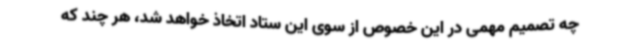
چه تصمیم مهمی در این خصوص از سوی این ستاد اتخاذ خواهد شد، هر چند که